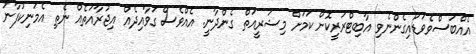
އެއްބަސްވެވަޑައިގެންނެވި އާބިޓްރަރީކޮށް ކަމަށް މިޝަރީއަތް ގެންދާނީ. އެއްވެސް ގަވާއިދެއް އިޖުރާއަތެއް ނެތި އެމަނިކުފާނު